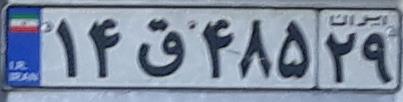
۱۴ق۴۸۵۲۹